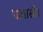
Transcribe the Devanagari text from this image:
पलासीर